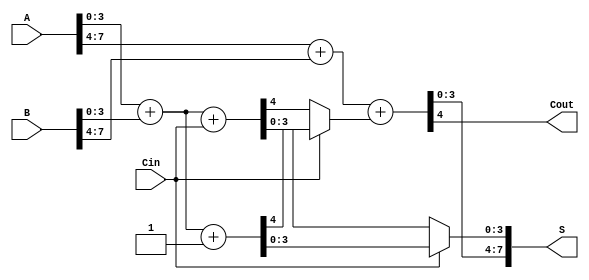
module CarrySelectAdder #(parameter N = 8, parameter K = 4) (
    input  [N-1:0] A,      // First n-bit input
    input  [N-1:0] B,      // Second n-bit input
    input          Cin,     // Carry-in
    output [N-1:0] S,      // Sum output
    output         Cout     // Carry-out
);

    localparam NUM_BLOCKS = N / K; // Number of blocks

    // Intermediate wires for sums and carries
    wire [K-1:0] sum0 [0:NUM_BLOCKS-1]; // Sums assuming Cin = 0
    wire [K-1:0] sum1 [0:NUM_BLOCKS-1]; // Sums assuming Cin = 1
    wire        cout0 [0:NUM_BLOCKS-1]; // Carry outs assuming Cin = 0
    wire        cout1 [0:NUM_BLOCKS-1]; // Carry outs assuming Cin = 1
    wire        carry [0:NUM_BLOCKS-1];  // Carry for next block

    genvar i;
    generate
        for (i = 0; i < NUM_BLOCKS; i = i + 1) begin : block
            // Calculate sums and carries for Cin = 0
            wire [K-1:0] A_block = A[i*K +: K];
            wire [K-1:0] B_block = B[i*K +: K];
            wire Cin0 = (i == 0) ? Cin : carry[i-1];

            // Full Adder logic for Cin = 0
            assign {cout0[i], sum0[i]} = A_block + B_block + Cin0;

            // Calculate sums and carries for Cin = 1
            wire Cin1 = (i == 0) ? 1'b1 : carry[i-1]; // Carry in for Cin = 1
            assign {cout1[i], sum1[i]} = A_block + B_block + Cin1;

            // Carry selection logic
            assign carry[i] = (i == NUM_BLOCKS-1) ? (Cin ? cout1[i] : cout0[i]) :
                              (Cin ? cout1[i] : cout0[i]);
        end
    endgenerate

    // Concatenate the selected sums
    generate
        for (i = 0; i < NUM_BLOCKS; i = i + 1) begin : sum_concat
            assign S[i*K +: K] = (Cin) ? sum1[i] : sum0[i];
        end
    endgenerate

    // Final carry out
    assign Cout = carry[NUM_BLOCKS-1];

endmodule